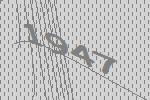
1947